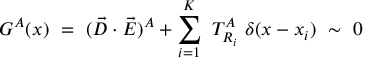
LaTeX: { \cal G } ^ { A } ( x ) ~ = ~ ( \vec { D } \cdot \vec { E } ) ^ { A } + \sum _ { i = 1 } ^ { K } ~ T _ { R _ { i } } ^ { A } ~ \delta ( x - x _ { i } ) ~ \sim ~ 0